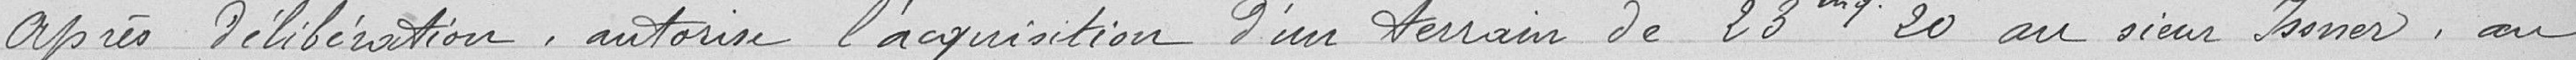
Après délibération, autorise l'acquisition d'un terrain de 23 ares 20 au sieur ISSNER, au